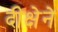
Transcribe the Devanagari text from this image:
दीक्षेने